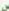
س